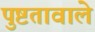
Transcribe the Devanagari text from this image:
पुष्टतावाले